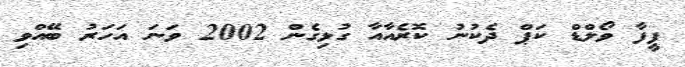
ފީފާ ވޯލްޑް ކަޕް ދެކުނު ކޮރެއާއާ ގުޅިގެން 2002 ވަނަ އަހަރު ބޭއްވި